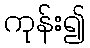
ကုန်း၍